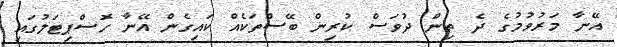
އޭނާ މަރުވުމުގެ ދެ ތިން ދުވަސް ކުރިން ބޭސްތަކެއް ކައިގެން އޭނާ ހޮސްޕިޓަލުގައި